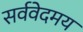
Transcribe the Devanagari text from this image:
सर्ववेदमय